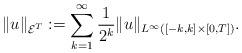
LaTeX: \begin{align*}\|u\|_{\mathcal{E}^T}:=\sum_{k=1}^{\infty}\frac{1}{2^k}\|u\|_{L^{\infty}([-k,k]\times[0,T])}.\end{align*}